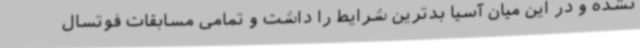
نشده و در این میان آسیا بدترین شرایط را داشت و تمامی مسابقات فوتسال